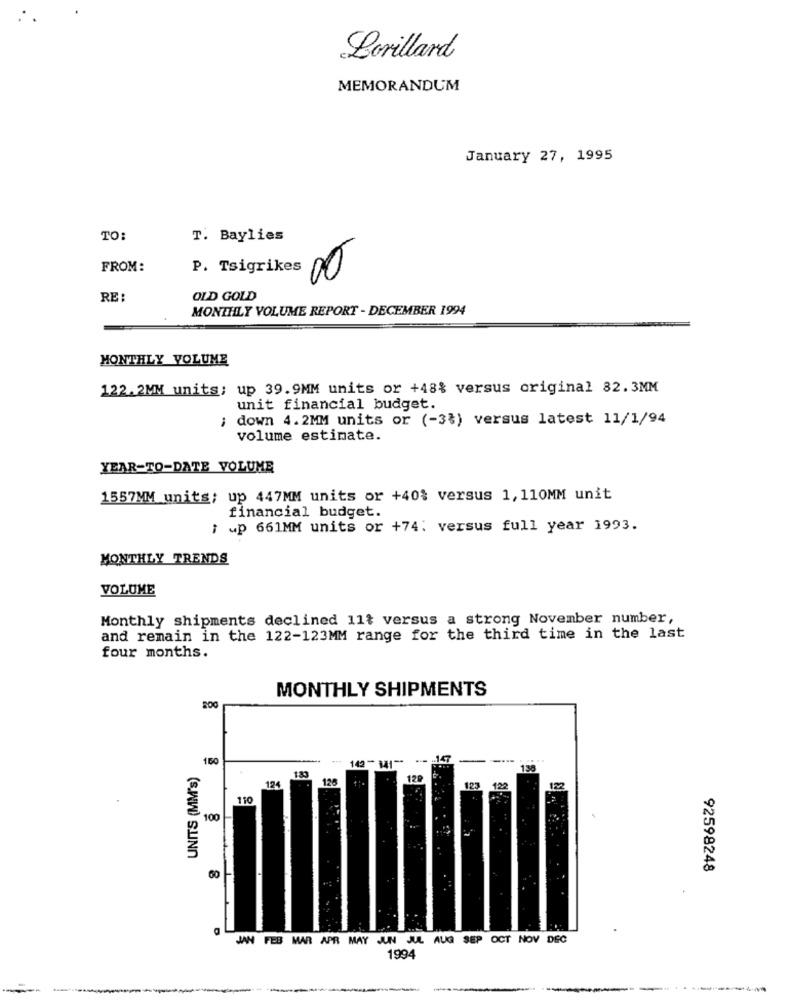
Lorillard
MEMORANDUM
January 27, 1995
TO:
T. Baylies
FROM:
P. Tsigrikes
00
RE :
OLD GOLD
MONTHLY VOLUME REPORT - DECEMBER 1994
MONTHLY VOLUME
122. 2MM units; up 39.9MM units or +48% versus original 82.3MM
unit financial budget.
; down 4.2MM units or (-33) versus latest 11/1/94
volume estimate.
YEAR-TO-DATE VOLUME
1557MM units; up 447MM units or +40% versus 1, 110MM unit
financial budget.
i .p 661MM units or +74: versus full year 1993.
MONTHLY TRENDS
VOLUME
Monthly shipments declined 11$ versus a strong November number,
and remain in the 122-123MM range for the third time in the last
four months.
MONTHLY SHIPMENTS
150
142-141 **
- -- 147
....
UNITS (MM's)
133
138
124
12₽
123 122
122
110
100
92598248
60
JAN FEB MAR APR MAY JUN JUL AUG SEP OCT NOV DEC
1994